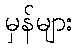
မှန်များ